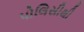
પોલિસીથી